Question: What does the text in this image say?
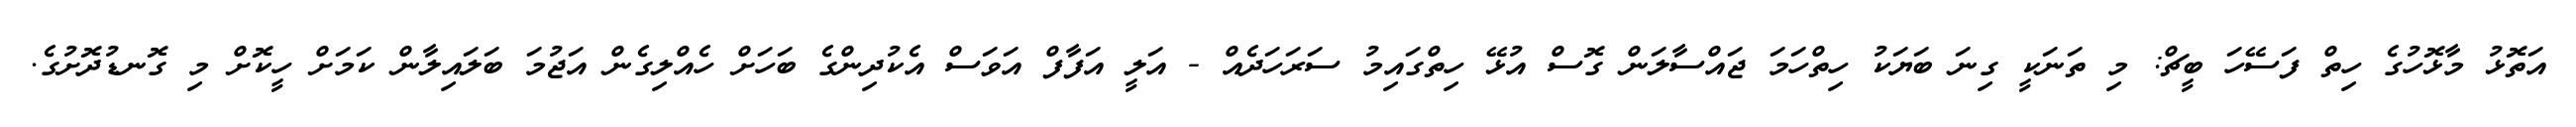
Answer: އަތޮޅު މާޅޮހުގެ ހިތް ފަސޭހަ ބީޗް: މި ތަނަކީ ގިނަ ބަޔަކު ހިތްހަމަ ޖައްސާލަން ގޮސް އުޅޭ ހިތްގައިމު ސަރަހަދެއް - އަލީ އަފާފް އަވަސް އެކުދިންގެ ބަހަށް ހެއްލިގެން އަޖުމަ ބަލައިލާން ކަމަށް ހީކޮށް މި ގޮނޑުދޮށުގެ.